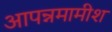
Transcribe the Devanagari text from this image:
आपन्नमामीश